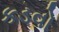
કડવો